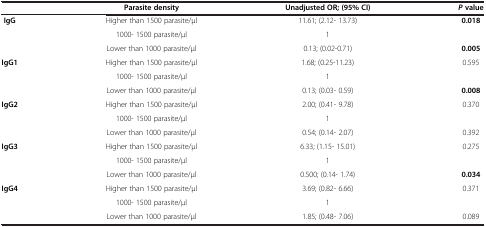
|  | Parasite density | Unadjusted OR; (95% CI) | P value |
 | --- | --- | --- | --- |
 | <ROWSPAN=3> IgG | Higher than 1500 parasite/μl | 11.61; (2.12- 13.73) | 0.018 |
 | 1000- 1500 parasite/μl | 1 |  |
 | Lower than 1000 parasite/μl | 0.13; (0.02-0.71) | 0.005 |
 | <ROWSPAN=3> IgG1 | Higher than 1500 parasite/μl | 1.68; (0.25-11.23) | 0.595 |
 | 1000- 1500 parasite/μl | 1 |  |
 | Lower than 1000 parasite/μl | 0.13; (0.03- 0.59) | 0.008 |
 | <ROWSPAN=3> IgG2 | Higher than 1500 parasite/μl | 2.00; (0.41- 9.78) | 0.370 |
 | 1000- 1500 parasite/μl | 1 |  |
 | Lower than 1000 parasite/μl | 0.54; (0.14- 2.07) | 0.392 |
 | <ROWSPAN=3> IgG3 | Higher than 1500 parasite/μl | 6.33; (1.15- 15.01) | 0.275 |
 | 1000- 1500 parasite/μl | 1 |  |
 | Lower than 1000 parasite/μl | 0.500; (0.14- 1.74) | 0.034 |
 | <ROWSPAN=3> IgG4 | Higher than 1500 parasite/μl | 3.69; (0.82- 6.66) | 0.371 |
 | 1000- 1500 parasite/μl | 1 |  |
 | Lower than 1000 parasite/μl | 1.85; (0.48- 7.06) | 0.089 |